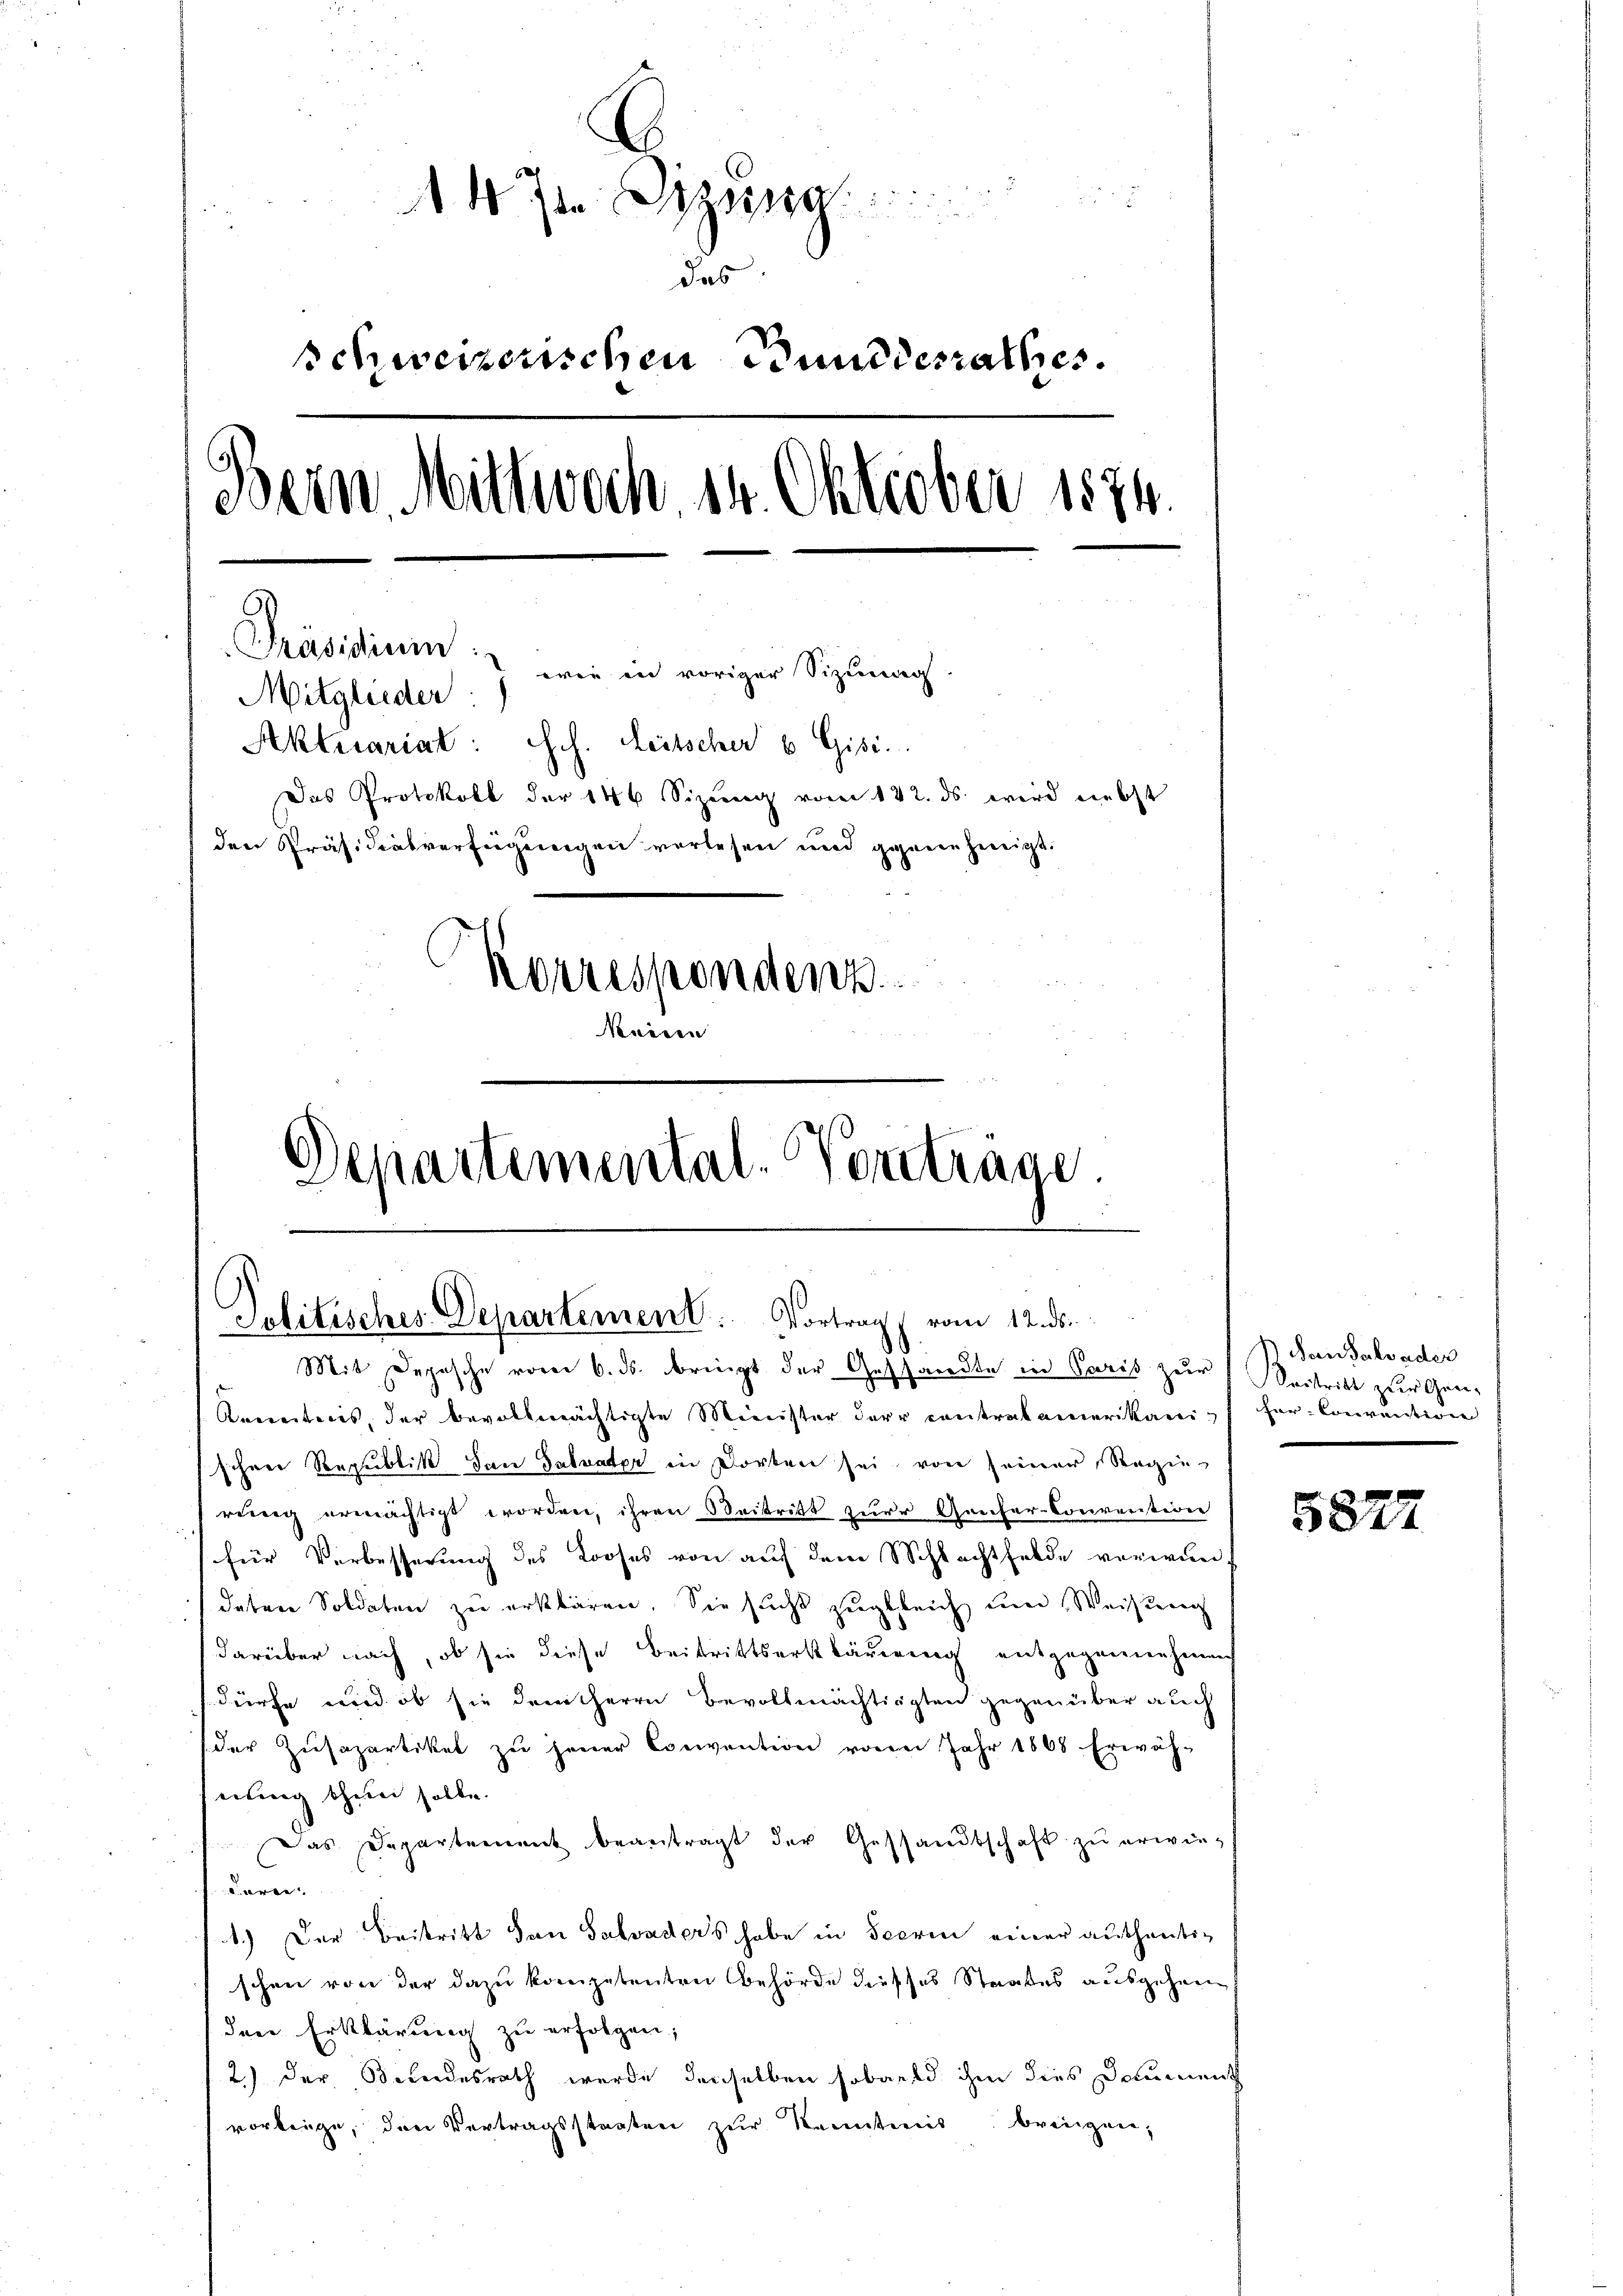
5

A 4. Ja Dizsg
das
schweizerischen Bundesrathes.
Bern. Mittwoch 14. Oktober 1874.
Präsidium
wie in voriger Sizung.
Mitglieder
Aktuariat: Joh. Leitscher u Gisi
Das Protokoll der 146 Sizung vom 142. ds. wird nebst
den Präsidialverfügungen vorlesen und genen zeigt.
Korrespondenz
Departemental-Vorträge.
.

Politisches Departement. Vortrag vom 12. ds.
Mit Depesche vom 6. ds. bringt der Gesandte in Paris zur Beitritt zur Gen¬

Kenntnis, der bevollmächtigte Minister der contrakamerikanis her-Convention
sihrer Republik den Salvater in dorten sei von seiner Regie-
rung ermächtigt worden, ihren Beitritt zur Geicher-Convention
(für Verbesserung des Looses von auf dem Schlechtfelde verwundaten Soldaten zu erklären. Sie sucht zugleich um Weisung
darüber nach, ob sie diese Beitrittserklärung entgegennehmen
dürfe und ob sie dem herrn Bevollmächtigten gegenüber auch
der Zŭsapartikel zu jener Convention von Jahr 1868. Erwäh-
nung thien solle.
Das Departement beantragt der Gestandtschaft zŭ erwiedären.
1.) Der Beitritt von Salvaders habe in Seerin einer authentischen von der dazu kompetenten Behörde diesses Staates ausgehen
den Erklärung zu erfolgen;
2.) Der Bundesrath wurde denselben sobald ihm dies Document
vorbeige, den Vertragsstaaten zŭr Kenntnis bringen,

Ideen Salvader

5877